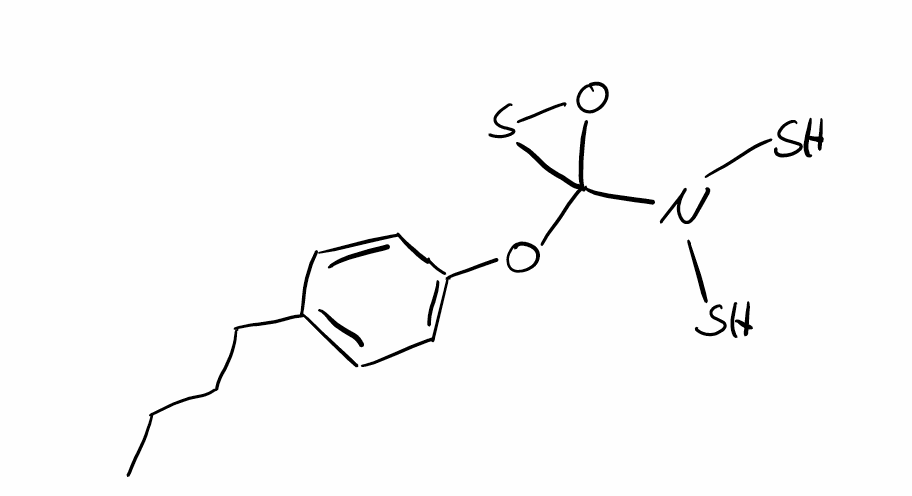
Simplified molecular-input line-entry system (SMILES) notation of the given molecule:
CCCCC1=CC=C(C=C1)OC2(OS2)N(S)S